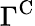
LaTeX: \Gamma^{\mathrm{C}}